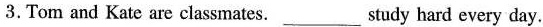
3.Tom and Kate are classmates.___study hard every day.